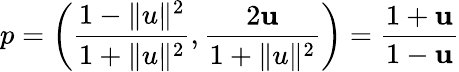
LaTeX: p=\left({\frac{1-\| u\| ^{2}}{1+\| u\| ^{2}}},{\frac{2\mathbf{u}}{1+\| u\| ^{2}}}\right)={\frac{1+\mathbf{u}}{1-\mathbf{u}}}